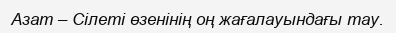
Азат – Сілеті өзенінің оң жағалауындағы тау.